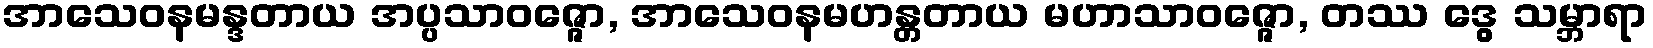
အာသေဝနမန္ဒတာယ အပ္ပသာဝဇ္ဇော, အာသေဝနမဟန္တတာယ မဟာသာဝဇ္ဇော, တဿ ဒွေ သမ္ဘာရာ